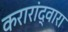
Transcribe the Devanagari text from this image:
करारांद्वारा